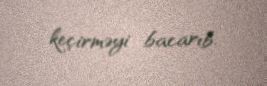
keçirməyi bacarıb.